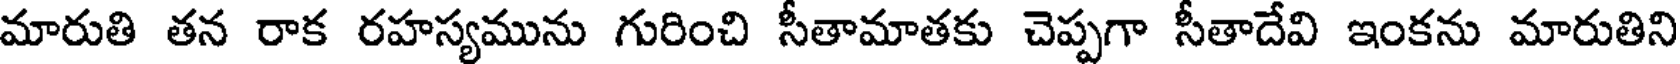
మారుతి తన రాక రహస్యమును గురించి సీతామాతకు చెప్పగా సీతాదేవి ఇంకను మారుతిని